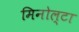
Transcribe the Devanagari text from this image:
मिनोल्टा